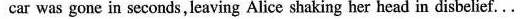
car was gone in seconds, leaving Alice shaking her head in disbelief...